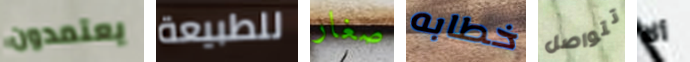
يعتمدون للطبيعة صغار خطابه تتواصل ألا